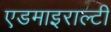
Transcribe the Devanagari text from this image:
एडमाइराल्टी